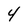
Character: 4